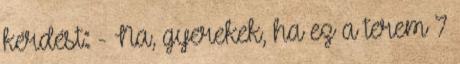
kérdést: - Na, gyerekek, ha ez a terem 7